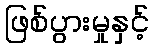
ဖြစ်ပွားမှုနှင့်